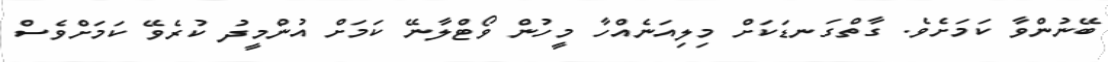
ބޭނުންވާ ކަމަށެވެ. ގާތްގަނޑަކަށް މިލިއަނެއްހާ މީހުން ވޯޓްލާނޭ ކަމަށް އުންމީދު ކުރެވޭ ކަމަށްވެސް